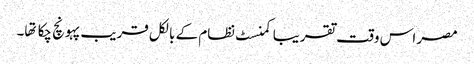
مصر اس وقت تقریبا کمنسٹ نظام کے بالکل قریب پہونچ چکا تها۔